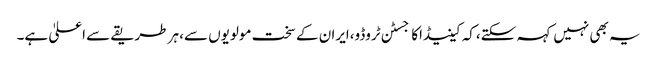
یہ بھی نہیں کہہ سکتے،کہ کینیڈاکاجسٹن ٹروڈو،ایران کے سخت مولویوں سے، ہر طریقے سے اعلیٰ ہے۔